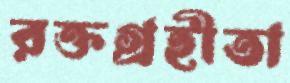
রক্তগ্রহীতা